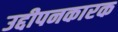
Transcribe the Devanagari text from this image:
उद्दीपनकारक